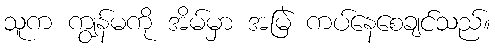
သူက ကျွန်မကို အိမ်မှာ အမြဲ ကပ်နေစေချင်သည်။